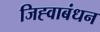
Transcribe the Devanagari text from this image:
जिह्वाबंधन